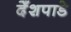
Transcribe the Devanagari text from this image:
देँशपाडे